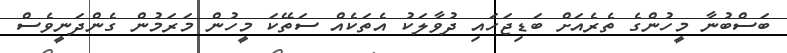
ބަސްބުނާ މީހުންގެ ތެރެއަށް ބަޑިޖަހައި ދުވާލަކު އެތަކެއް ސަތޭކަ މީހުން މަރަމުން ގެންދަނީވެސް